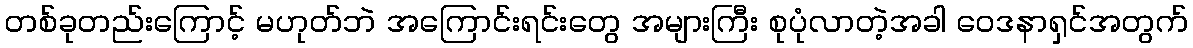
တစ်ခုတည်းကြောင့် မဟုတ်ဘဲ အကြောင်းရင်းတွေ အများကြီး စုပုံလာတဲ့အခါ ဝေဒနာရှင်အတွက်